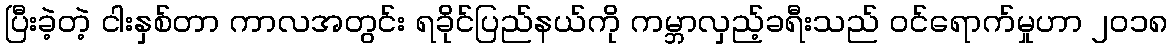
ပြီးခဲ့တဲ့ ငါးနှစ်တာ ကာလအတွင်း ရခိုင်ပြည်နယ်ကို ကမ္ဘာလှည့်ခရီးသည် ဝင်ရောက်မှုဟာ ၂၀၁၈